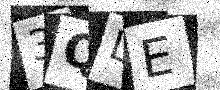
Text: 3QLE